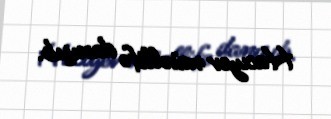
Hacıyev müəllifə danışıb.